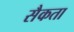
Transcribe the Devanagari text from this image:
सैकता